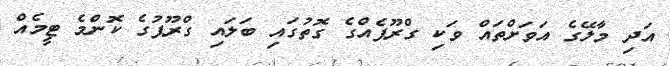
އަދި މާލޭގެ އަވަށްތައް ވަކި ގްރޫޕެއްގެ ގޮތުގައި ބަލައި ގްރޫޕުގެ ކޮންމެ ޓީމެއް